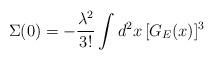
LaTeX: \begin{align*}\Sigma(0)= - \frac {{\lambda}^2} {3!} \int d^2 x \, [G_E(x)]^3\end{align*}